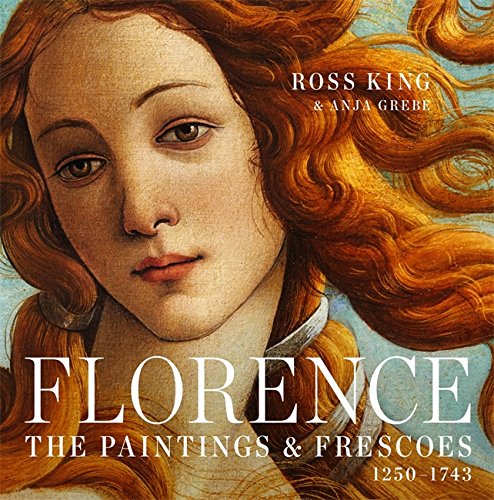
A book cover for Florence: The Paintings & Frescoes, 1250-1743; Ross King; Arts & Photography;